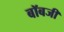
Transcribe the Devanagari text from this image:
बॉबजी